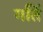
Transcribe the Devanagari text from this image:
गतिं